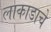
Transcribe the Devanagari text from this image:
लाकाडाचे